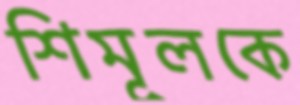
শিমূলকে